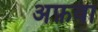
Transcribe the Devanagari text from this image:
अफ़वा